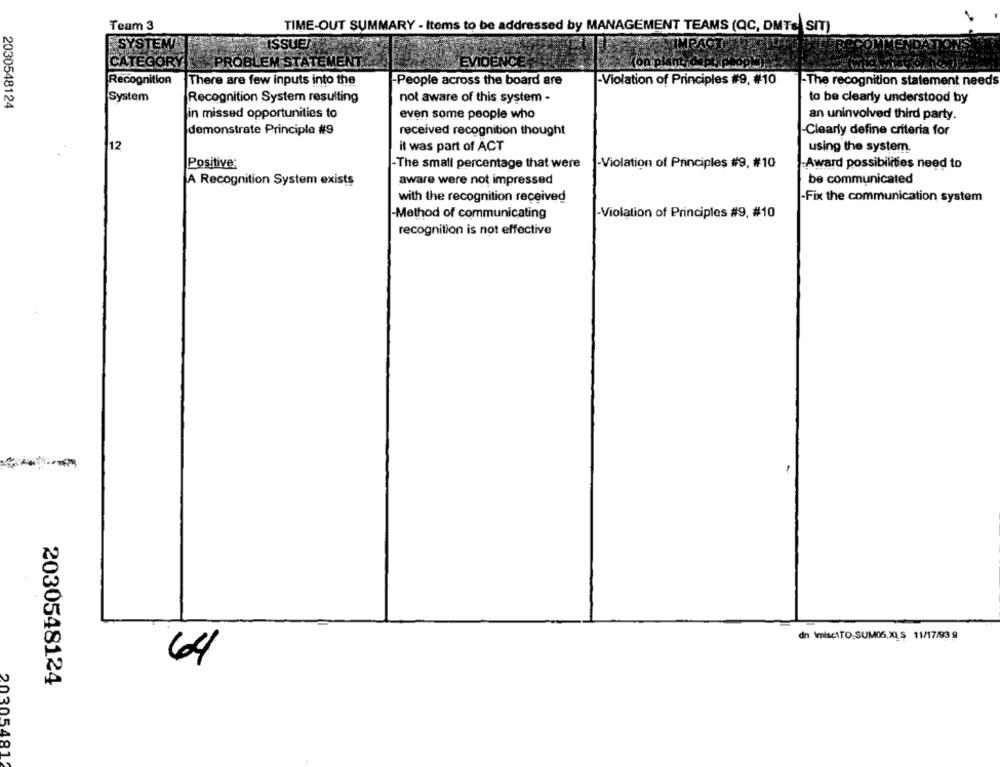
Team 3
TIME-OUT SUMMARY - Items to be addressed by MANAGEMENT TEAMS (QC, DMTE SIT)
SYSTEMY
ISSUE
CATEGORY
PROBLEM STATEMENT
EVIDENCE
Kon plant
Recognition
There are few inputs into the
-People across the board are
-Violation of Principles #9. #10
-The recognition statement needs
System
Recognition System resulting
not aware of this system -
to be clearly understood by
2030548124
in missed opportunities to
even some people who
an uninvolved third party.
demonstrate Principle #9
received recognition thought
-Clearly define criteria for
it was part of ACT
12
using the system.
Positive:
-The small percentage that were
-Violation of Principles #9, #10
-Award possibilities need to
A Recognition System exists
aware were not impressed
be communicated
with the recognition received
-Fix the communication system
-Method of communicating
-Violation of Principles #9, #10
recognition is not effective
dn ImisetTO,SUMOS,XL.5 11/17/93 9
64
2030548124
20305481